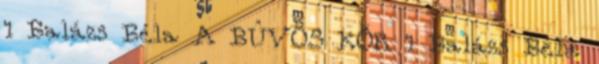
1 Balázs Béla A BÛVÖS KÖR 1 Balázs Béla